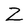
Character: Z